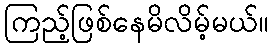
ကြည့်ဖြစ်နေမိလိမ့်မယ်။